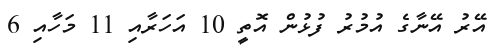
އޭރު އޭނާގެ އުމުރު ފުޅުން އޮތީ 10 އަހަރާއި 11 މަހާއި 6